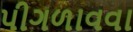
પીગળાવવા